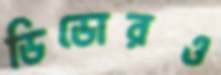
ডিডোরও